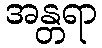
အန္တရာ